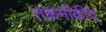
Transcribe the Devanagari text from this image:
तकनीकीय